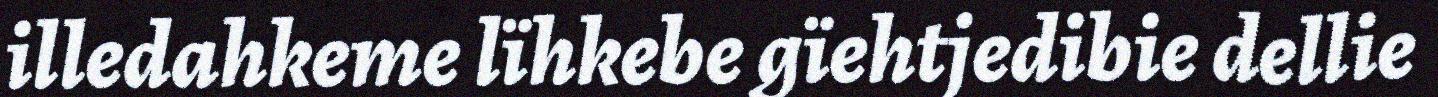
illedahkeme lïhkebe gïehtjedibie dellie